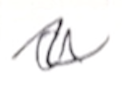
Text: a
Cross-out: wave
Writing tool: ballpoint